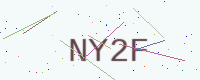
Text: NY2F